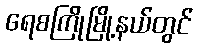
ရေစကြိုမြို့နယ်တွင်